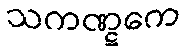
သကဏ္ဋကေ